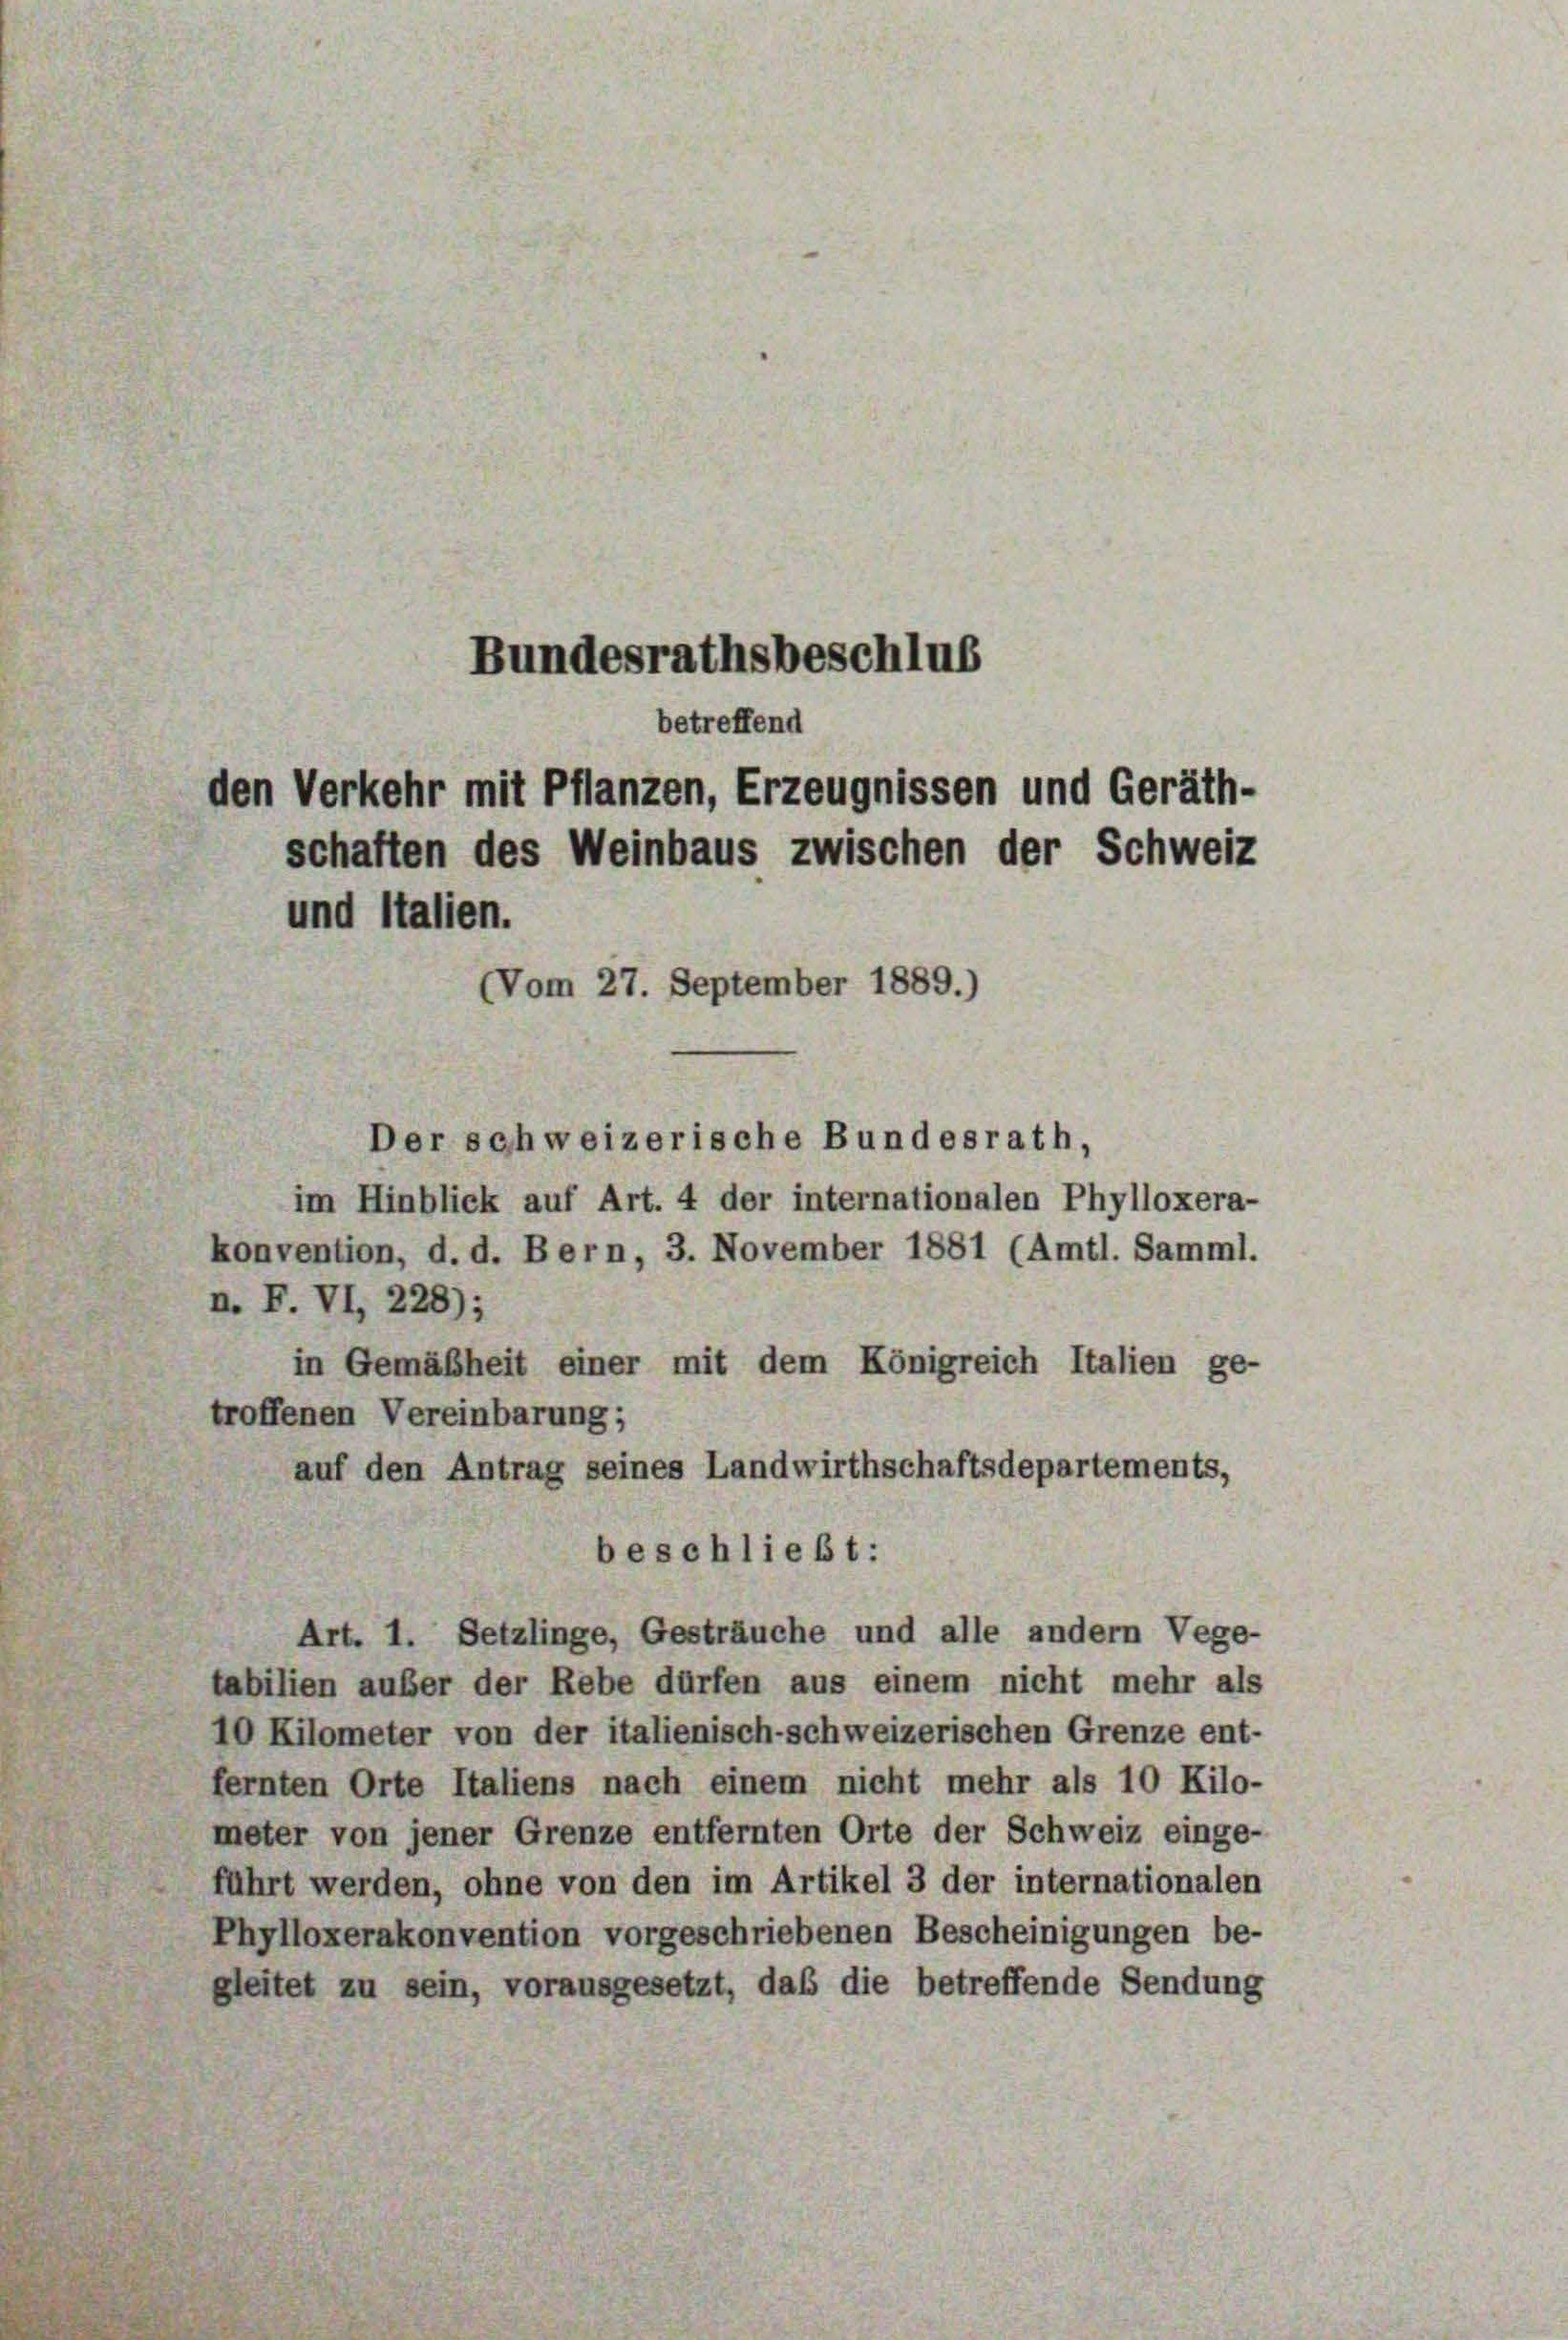
Bundesrathsbeschlus
betreffend

Der schweizerische Bundesrath,

im Hinblick auf Art. 4 der internationalen Phylloxera-
konvention, d. d. Bern, 3. November 1881 (Amtl. Samml.
n. F. VI, 228);
in Gemäßheit einer mit dem Königreich Italien ge-
troffenen Vereinbarung;
auf den Antrag seines Landwirthschaftsdepartements,
tabilien außer der Rebe dürfen aus einem nicht mehr als
10 Kilometer von der italienisch-schweizerischen Grenze ent-
fernten Orte Italiens nach einem nicht mehr als 10 Kilo-
meter von jener Grenze entfernten Orte der Schweiz einge-
führt werden, ohne von den im Artikel 3 der internationalen
Phylloxerakonvention vorgeschriebenen Bescheinigungen be-
gleitet zu sein, vorausgesetzt, daß die betreffende Sendung

den Verkehr mit Pflanzen, Erzeugnissen und Geräthschaften des Weinbaus zwischen der Schweiz
und Italien.
(Vom 27. September 1889.)

beschließt:
Art. 1. Setzlinge, Gesträuche und alle andern Vege-